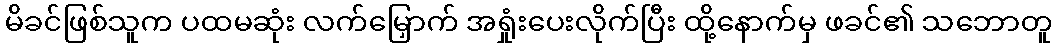
မိခင်ဖြစ်သူက ပထမဆုံး လက်မြှောက် အရှုံးပေးလိုက်ပြီး ထို့နောက်မှ ဖခင်၏ သဘောတူ